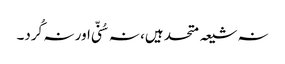
نہ شیعہ متحد ہیں، نہ سُنّی اور نہ کُرد۔